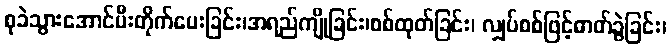
စုခဲသွားအောင်မီးတိုက်ပေးခြင်း၊အရည်ကျိုခြင်း၊စစ်ထုတ်ခြင်း၊ လျှပ်စစ်ဖြင့်ဓာတ်ခွဲခြင်း၊